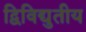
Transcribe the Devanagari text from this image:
द्विविद्युतीय